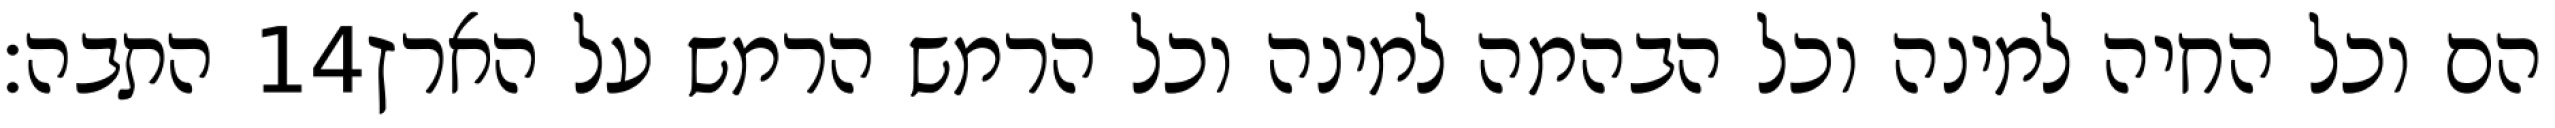
התבה׃ ‎14‏ הם וכל החיה למינה וכל הבהמה למינה וכל הרמש הרמש על הארץ